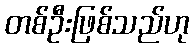
တစ်ဦးဖြစ်သည်ဟု